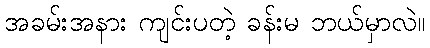
အခမ်းအနား ကျင်းပတဲ့ ခန်းမ ဘယ်မှာလဲ။